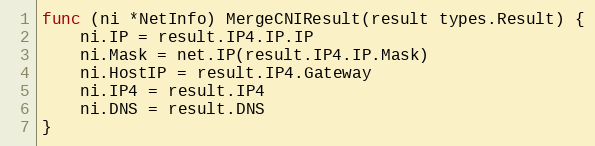
Language: Go
func (ni *NetInfo) MergeCNIResult(result types.Result) {
	ni.IP = result.IP4.IP.IP
	ni.Mask = net.IP(result.IP4.IP.Mask)
	ni.HostIP = result.IP4.Gateway
	ni.IP4 = result.IP4
	ni.DNS = result.DNS
}